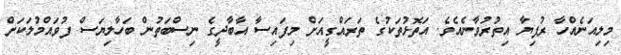
މިލިއަނެއްހާ ރުފިޔާ އިތުރުވާނެއެވެ. އަތޮޅުތަކުގެ ތަރައްގީއަށް މިފައިސާ އާބާދީގެ ނިސްބަތުން ބަހާލިޔަސް ފުވައްމުލަކަށް